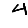
Digit: 4